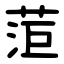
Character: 菃